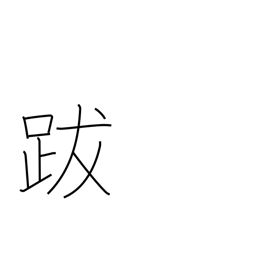
Meaning: epilogue